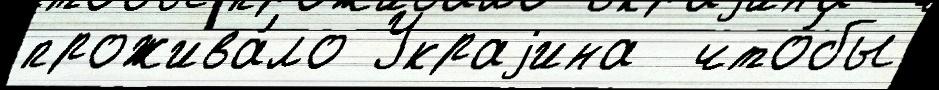
прожива́ло Украjина  что́бы